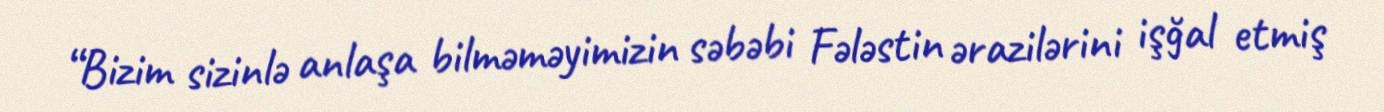
“Bizim sizinlə anlaşa bilməməyimizin səbəbi Fələstin ərazilərini işğal etmiş